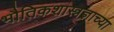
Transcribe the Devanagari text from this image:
भौतिकशास्त्रज्ञाच्या